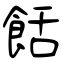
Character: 餂